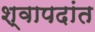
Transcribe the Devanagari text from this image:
श्वापदांत